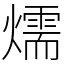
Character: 燸